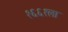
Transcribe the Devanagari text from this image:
१६६१ला